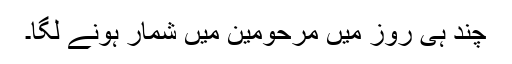
چند ہی روز میں مرحومین میں شمار ہونے لگا۔